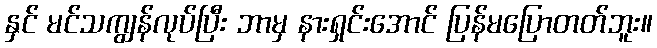
နှင် မင်သကျွန်လုပ်ပြီး ဘာမှ နားရှင်းအောင် ပြန်မပြောတတ်ဘူး။